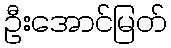
ဦးအောင်မြတ်